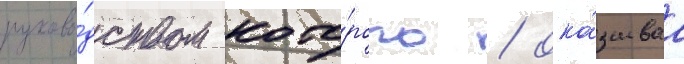
руково́дством кото́рого / ока́зываа